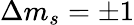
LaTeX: \Delta m_{s}=\pm 1